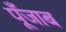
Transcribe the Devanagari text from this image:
पूँजाब